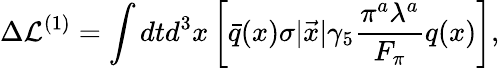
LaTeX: \Delta{\cal L}^{(1)}=\int dtd^{3}x\left[\bar{q}(x)\sigma|\vec{x}|\gamma_{5}\frac{\pi^{a}\lambda^{a}}{F_{\pi}}q(x)\right],